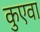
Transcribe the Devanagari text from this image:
कुएवा